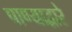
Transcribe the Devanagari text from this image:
पाण्याद्वारे